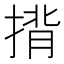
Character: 揹